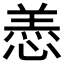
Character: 𫺵